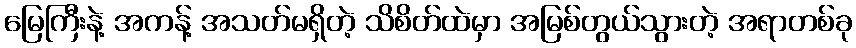
မြေကြီးနဲ့ အကန့် အသတ်မရှိတဲ့ သိစိတ်ထဲမှာ အမြစ်တွယ်သွားတဲ့ အရာတစ်ခု